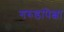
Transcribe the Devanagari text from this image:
गरुडांपेक्षा